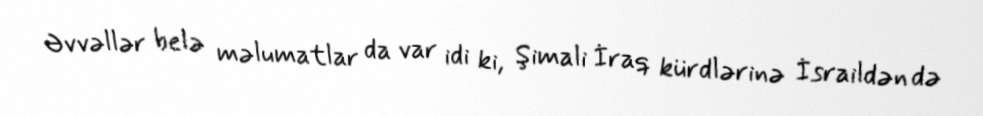
Əvvəllər belə məlumatlar da var idi ki, Şimali İraq kürdlərinə İsraildən də